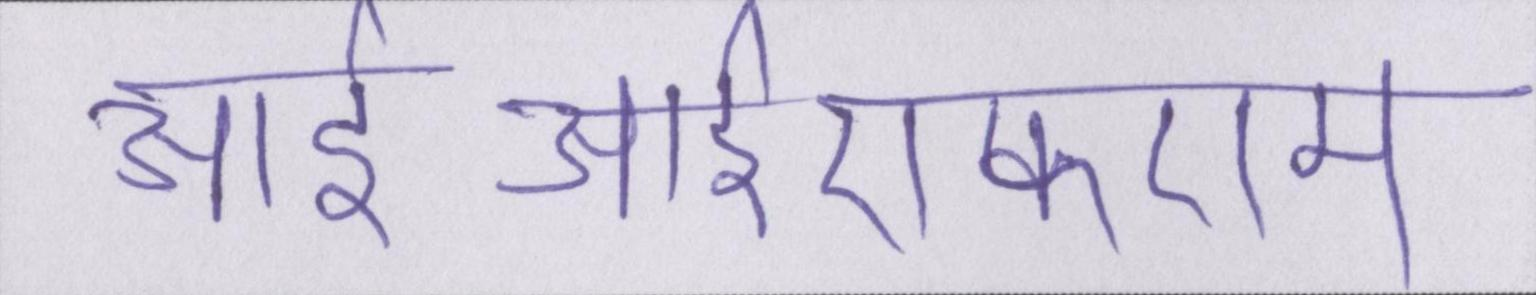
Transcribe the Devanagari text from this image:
आईआईएफएम